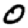
Digit: 0